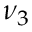
\nu _ { 3 }